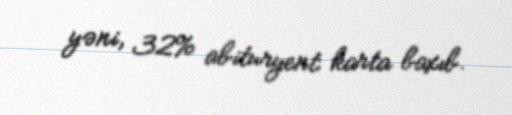
yəni, 32% abituryent karta baxıb.